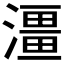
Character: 𤀌